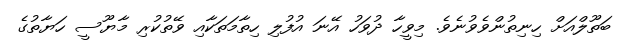
ބަތޫލްއަށް ހިނިތުންވެވުނެވެ. މިވީހާ ދުވަހު އޭނަ އުފުލި ހިތާމަތަކާއި ވޭތުކުރި މާޔޫސީ ހަޔާތުގެ